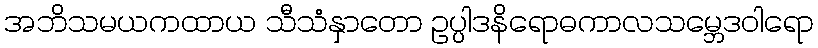
အဘိသမယကထာယ သီသံနှာတော ဥပ္ပါဒနိရောဓကာလသမ္ဘေဒဝါရော